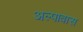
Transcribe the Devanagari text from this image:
अल्पावास